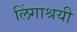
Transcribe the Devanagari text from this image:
लिंगाश्रयी